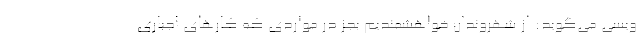
ویسی می‌گوید: از شهروندان خواهشمندیم بجز در مواردی که کار‌های اجباری